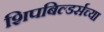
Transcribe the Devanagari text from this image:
शिपबिल्डर्सच्या